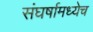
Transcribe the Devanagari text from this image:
संघर्षामध्येच